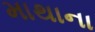
માથાના